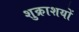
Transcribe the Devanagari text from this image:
शुक्राशयों